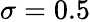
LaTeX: \sigma=0.5